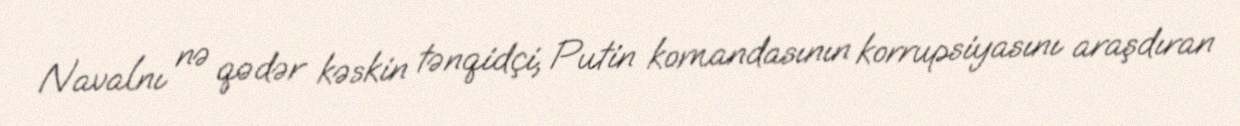
Navalnı nə qədər kəskin tənqidçi, Putin komandasının korrupsiyasını araşdıran